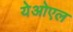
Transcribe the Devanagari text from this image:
येओएल